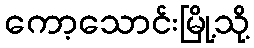
ကော့သောင်းမြို့သို့